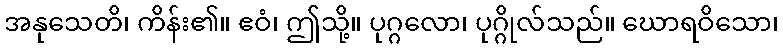
အနုသေတိ၊ ကိန်း၏။ ဧဝံ၊ ဤသို့။ ပုဂ္ဂလော၊ ပုဂ္ဂိုလ်သည်။ ဃောရဝိသော၊